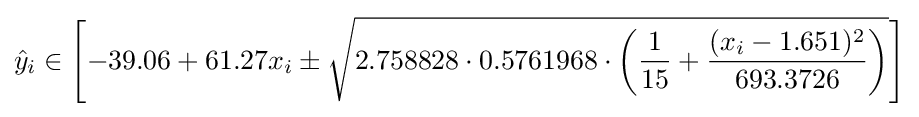
{\hat {y}}_{i}\in \left[-39.06+61.27x_{i}\pm {\sqrt {2.758828\cdot 0.5761968\cdot \left({\frac {1}{15}}+{\frac {(x_{i}-1.651)^{2}}{693.3726}}\right)}}\right]